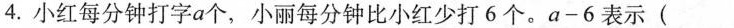
4.小红每分钟打字a个，小丽每分钟比小红少打6个。a-6表示( )